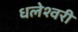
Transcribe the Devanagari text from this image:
धलेश्वरी